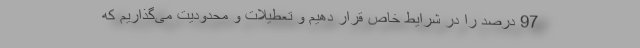
97 درصد را در شرایط خاص قرار دهیم و تعطیلات و محدودیت می‌گذاریم که